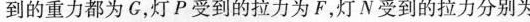
到的重力都为G，灯P受到的拉力为F，灯N受到的拉力分别为